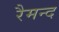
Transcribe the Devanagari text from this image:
रैमन्द